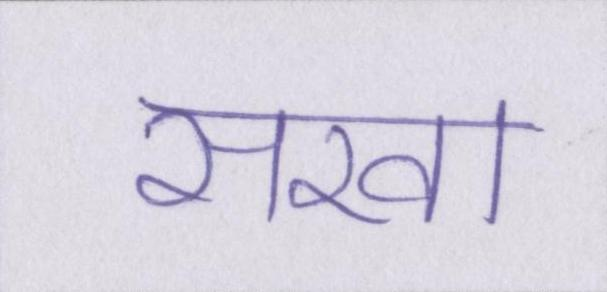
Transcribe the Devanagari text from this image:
सखा